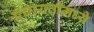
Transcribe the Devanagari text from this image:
पंचायतींमध्ये